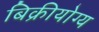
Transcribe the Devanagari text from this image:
बिक्रीयोग्य